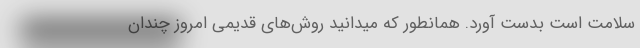
سلامت است بدست آورد. همانطور که میدانید روش‌های قدیمی امروز چندان